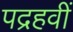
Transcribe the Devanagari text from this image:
पद्रहवीं